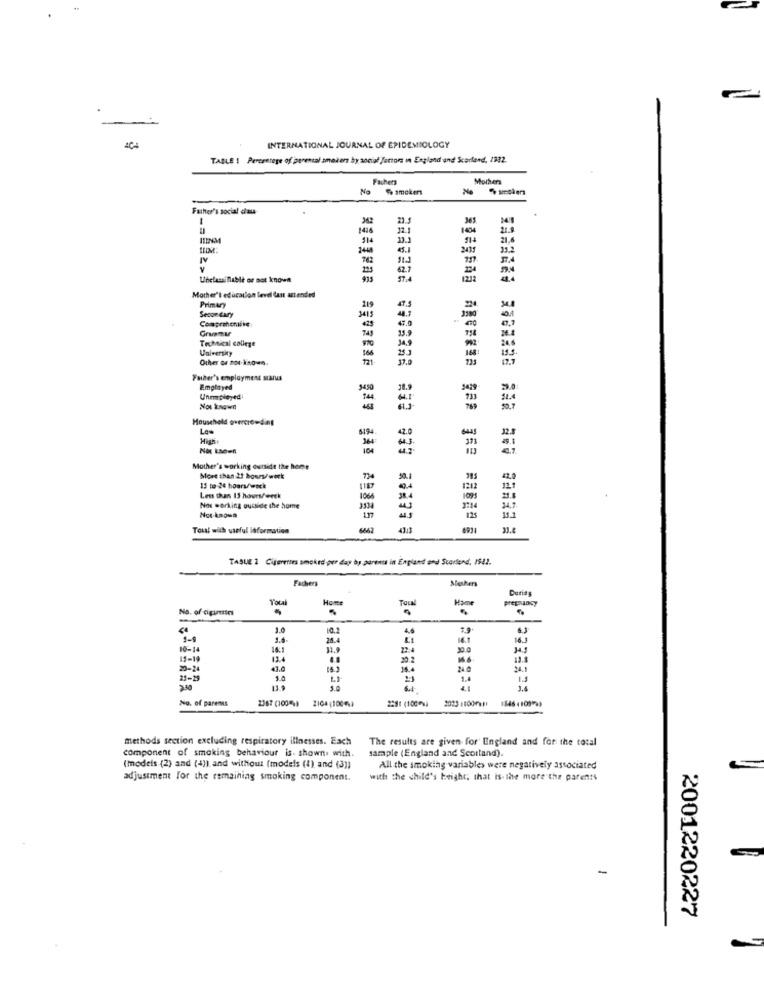
INTERNATIONAL JOURNAL OF EPIDEMIOLOGY
TABLE | Percentege of parental smokers by social factors in England and Scarfend, 1932.
Fachetz
Mothers
No
% smokers
No
Father's social dans
23.5
1416
32.1
21.9
114
216
2444
2435
232
IV
762
225
Unclassi fiable or not known
Mother's educacion level Cast attended
Primary
119
Secondary
3415
44.7
Comprehensive
43.0
743
35.9
Technical college
34,9
University
166
253
Other or not known
Father's employment status
Emplayed
3430
Unemployed
733
Not knownl
Household quercrowding
Low
519-
42.0
364
104
373
Mother's working outside the beer
More than 2! bows/work
50.
38s
15 to 24 hours/weck
1187
1212
Less than 13 hours/week
1066
1095
Not working outside the home
3714
34.7
in
125
13.3
Total with useful laformation
6662
33.t
TASUE 1 Cijereses smoked per day by parents in England and Scorland, 1942.
Fachers
Mashers
Duria
Total
Home
Ham
Na. of cigarettes
Tocal
pregnancy
3.0
6.3
10-14
30
15-14
13.4
20
13.8
20-24
43.0
24
24.1
21-15
5.0
1.3
13.
6.4
No. of parents
2367 (100-)
2104 (100%}
2281 (100%)
2023 1100rapi
methods section excluding respiratory illnesses. Each
The results are given for England and for the total
component of smoking behaviour is- shown. with.
sample (England and Scottand).
(models (2) and (4)) and without (models (1) and (3))
All the smoking variables were negatively associated
adjustment for the remaining smoking component.
with the child's height; that is- the more the parents
2001220227